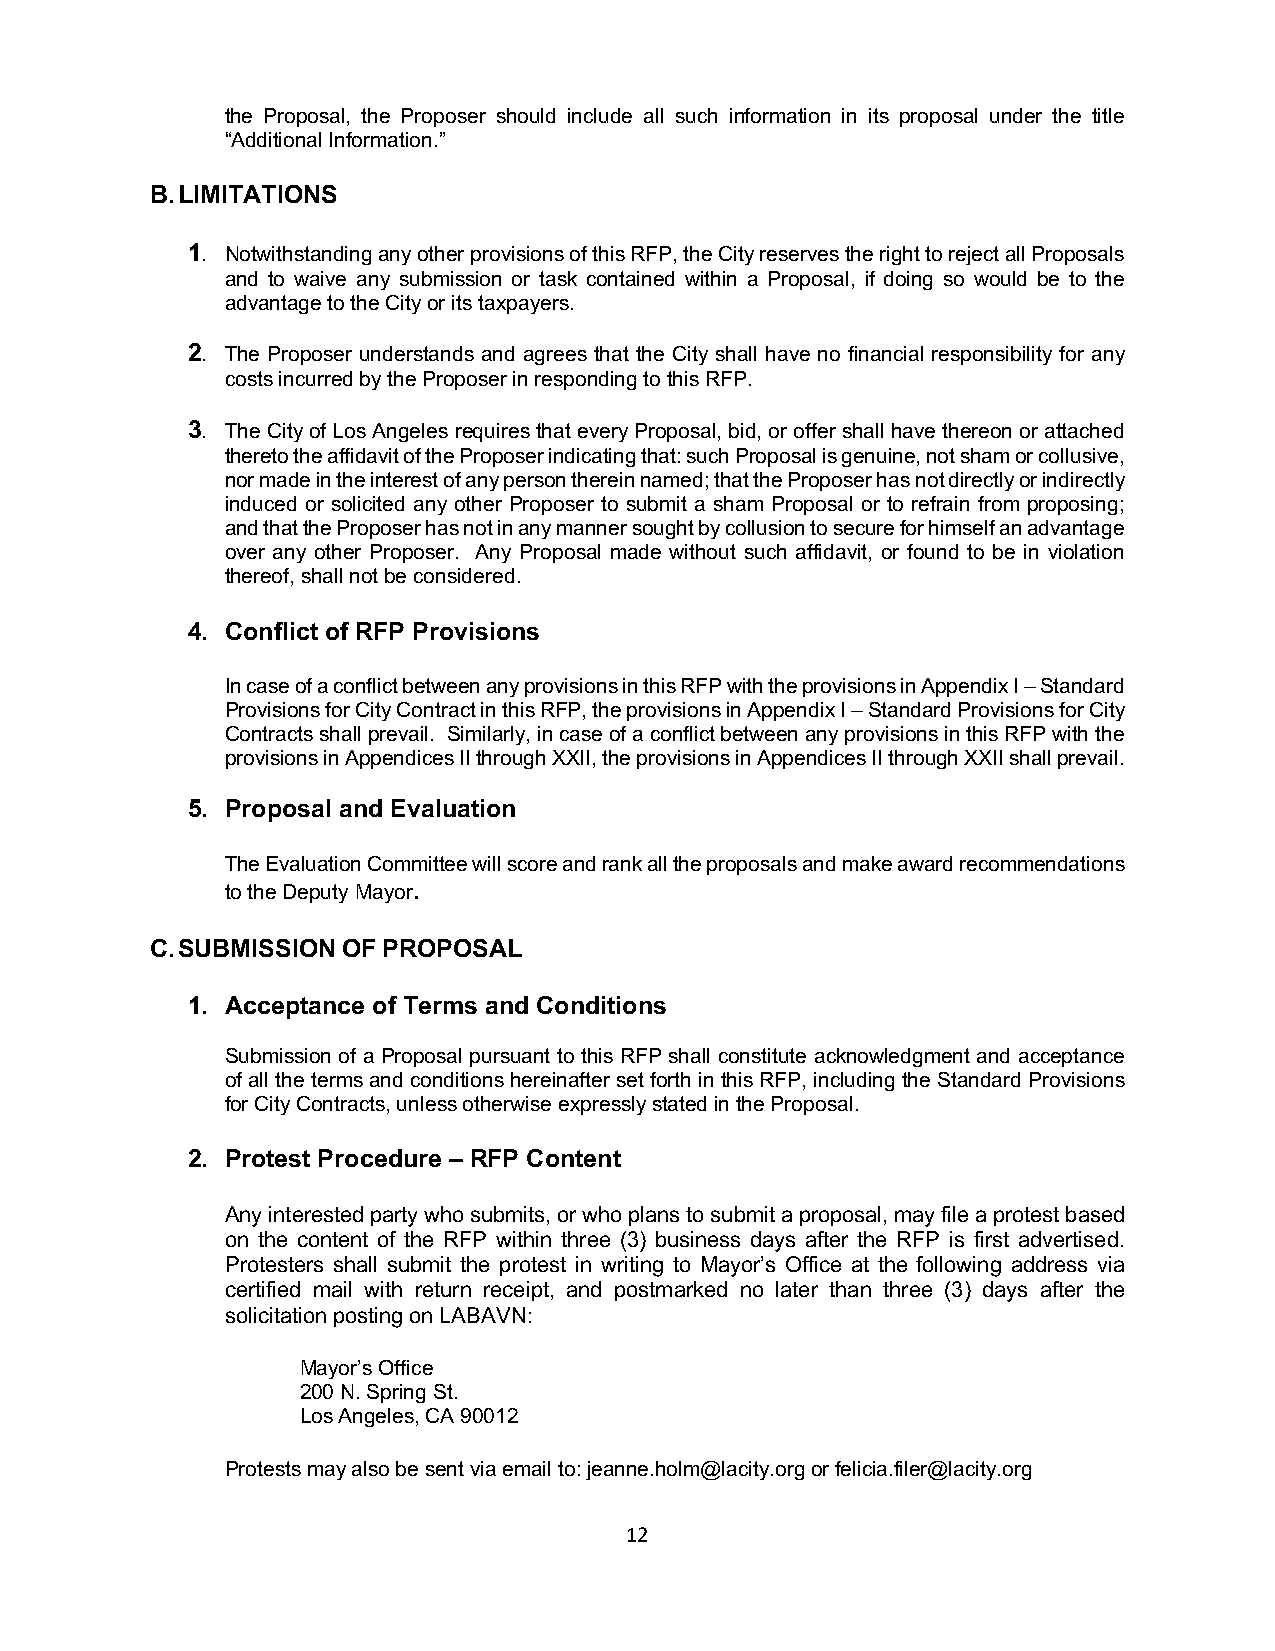
the Proposal, the Proposer should include all such information in its proposal under the title
 “Additional Information.”
 B. LIMITATIONS
 1. Notwithstanding any other provisions of this RFP, the City reserves the right to reject all Proposals
 and to waive any submission or task contained within a Proposal, if doing so would be to the
 advantage to the City or its taxpayers.
 2. The Proposer understands and agrees that the City shall have no financial responsibility for any
 costs incurred by the Proposer in responding to this RFP.
 3. The City of Los Angeles requires that every Proposal, bid, or offer shall have thereon or attached
 thereto the affidavit of the Proposer indicating that: such Proposal is genuine, not sham or collusive,
 nor made in the interest of any person therein named; that the Proposer has not directly or indirectly
 induced or solicited any other Proposer to submit a sham Proposal or to refrain from proposing;
 and that the Proposer has not in any manner sought by collusion to secure for himself an advantage
 over any other Proposer. Any Proposal made without such affidavit, or found to be in violation
 thereof, shall not be considered.
 4. Conflict of RFP Provisions
 In case of a conflict between any provisions in this RFP with the provisions in Appendix I – Standard
 Provisions for City Contract in this RFP, the provisions in Appendix I – Standard Provisions for City
 Contracts shall prevail. Similarly, in case of a conflict between any provisions in this RFP with the
 provisions in Appendices II through XXII, the provisions in Appendices II through XXII shall prevail.
 5. Proposal and Evaluation
 The Evaluation Committee will score and rank all the proposals and make award recommendations
 to the Deputy Mayor.
 C. SUBMISSION OF PROPOSAL
 1. Acceptance of Terms and Conditions
 Submission of a Proposal pursuant to this RFP shall constitute acknowledgment and acceptance
 of all the terms and conditions hereinafter set forth in this RFP, including the Standard Provisions
 for City Contracts, unless otherwise expressly stated in the Proposal.
 2. Protest Procedure – RFP Content
 Any interested party who submits, or who plans to submit a proposal, may file a protest based
 on the content of the RFP within three (3) business days after the RFP is first advertised.
 Protesters shall submit the protest in writing to Mayor’s Office at the following address via
 certified mail with return receipt, and postmarked no later than three (3) days after the
 solicitation posting on LABAVN:
 Mayor’s Office
 200 N. Spring St.
 Los Angeles, CA 90012
 Protests may also be sent via email to: jeanne.holm@lacity.org or felicia.filer@lacity.org
 12